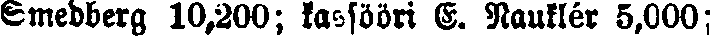
Smedberg 10,200; kasööri E. Nauklér 5,000;